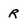
Character: r